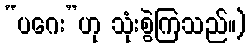
“ပဂေး”ဟု သုံးစွဲကြသည်။)